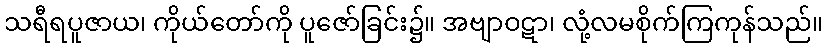
သရီရပူဇာယ၊ ကိုယ်တော်ကို ပူဇော်ခြင်း၌။ အဗျာဝဋာ၊ လုံ့လမစိုက်ကြကုန်သည်။